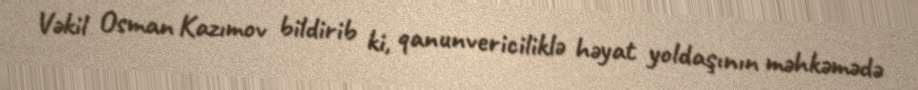
Vəkil Osman Kazımov bildirib ki, qanunvericiliklə həyat yoldaşının məhkəmədə